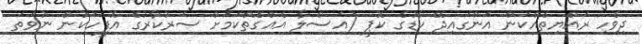
ދިވެހި ރައްޔިތެއްކަން އަންގައިދޭ ކާޑުގެ ކޮޕީ (އަސްލާ އެއްގޮތްކަމަށް ސަރުކާރުގެ އޮފީހަކުން ނުވަތަ